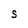
Character: S